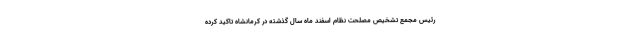
رئیس مجمع تشخیص مصلحت نظام اسفند ماه سال گذشته در کرمانشاه تاکید کرده